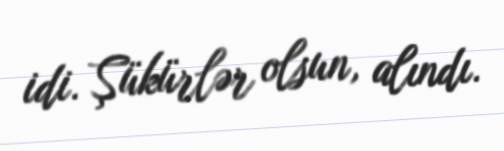
idi. Şükürlər olsun, alındı.